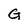
Character: G